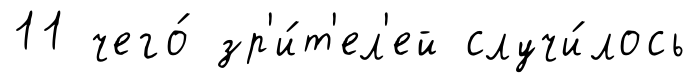
11 чего́ зр'и́т'ел'ей случи́лось